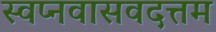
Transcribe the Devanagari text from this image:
स्वप्नवासवदत्तम